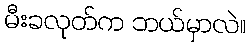
မီးခလုတ်က ဘယ်မှာလဲ။